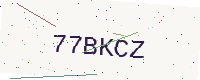
Text: 77BKCZ